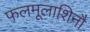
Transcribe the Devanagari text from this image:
फलमूलाशिनौ